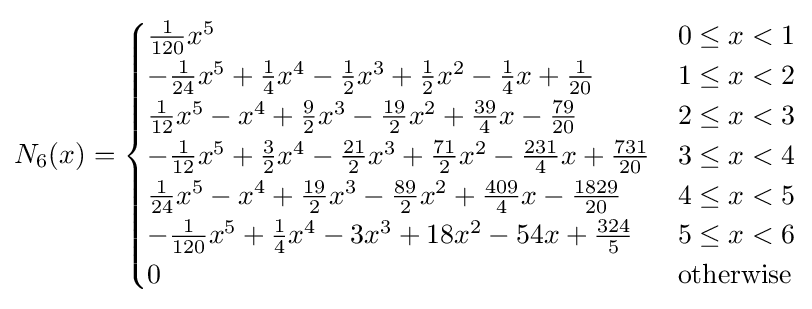
N_{6}(x)={\begin{cases}{\frac {1}{120}}x^{5}&0\leq x<1\\-{\frac {1}{24}}x^{5}+{\frac {1}{4}}x^{4}-{\frac {1}{2}}x^{3}+{\frac {1}{2}}x^{2}-{\frac {1}{4}}x+{\frac {1}{20}}&1\leq x<2\\{\frac {1}{12}}x^{5}-x^{4}+{\frac {9}{2}}x^{3}-{\frac {19}{2}}x^{2}+{\frac {39}{4}}x-{\frac {79}{20}}&2\leq x<3\\-{\frac {1}{12}}x^{5}+{\frac {3}{2}}x^{4}-{\frac {21}{2}}x^{3}+{\frac {71}{2}}x^{2}-{\frac {231}{4}}x+{\frac {731}{20}}&3\leq x<4\\{\frac {1}{24}}x^{5}-x^{4}+{\frac {19}{2}}x^{3}-{\frac {89}{2}}x^{2}+{\frac {409}{4}}x-{\frac {1829}{20}}&4\leq x<5\\-{\frac {1}{120}}x^{5}+{\frac {1}{4}}x^{4}-3x^{3}+18x^{2}-54x+{\frac {324}{5}}&5\leq x<6\\0&{\text{otherwise}}\end{cases}}